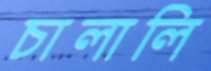
চালালি